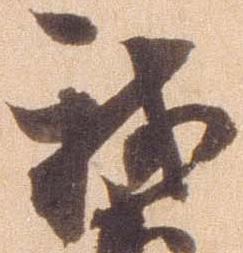
我